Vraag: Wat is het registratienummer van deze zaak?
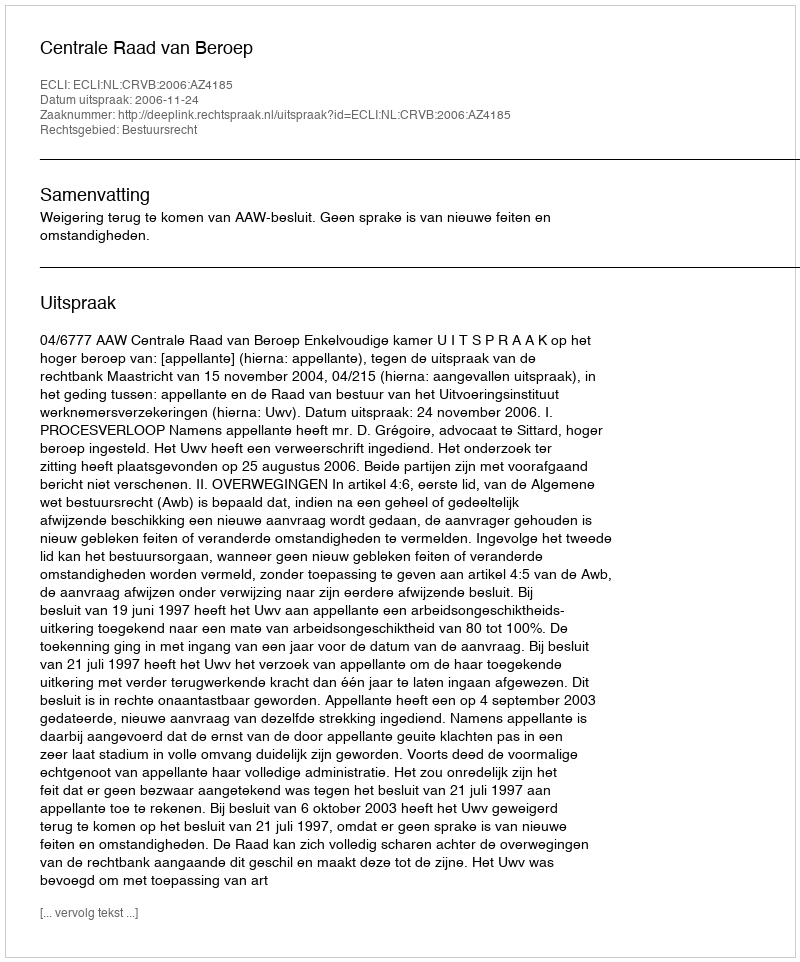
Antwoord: http://deeplink.rechtspraak.nl/uitspraak?id=ECLI:NL:CRVB:2006:AZ4185